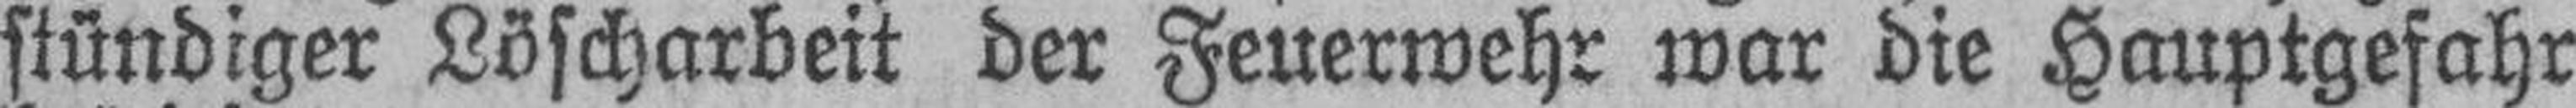
stündiger Löscharbeit der Feuerwehr war die Hauptgefahr